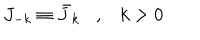
J _ { - k } \equiv \bar { J } _ { k } , k > 0